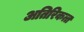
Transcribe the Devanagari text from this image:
अतिरिकत्त